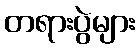
တရားပွဲများ